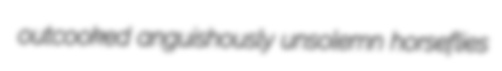
outcooked anguishously unsolemn horseflies